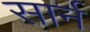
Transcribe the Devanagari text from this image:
सार्न